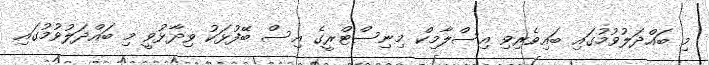
މި ބައްދަލުވުމުގައި ބައިވެރިވި އިސްލާމިކް މިނިސްޓްރީގެ އިސް ބޭފުޅަކު ވިދާޅުވީ މި ބައްދަލުވުމުގައި